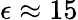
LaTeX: \epsilon\approx 15